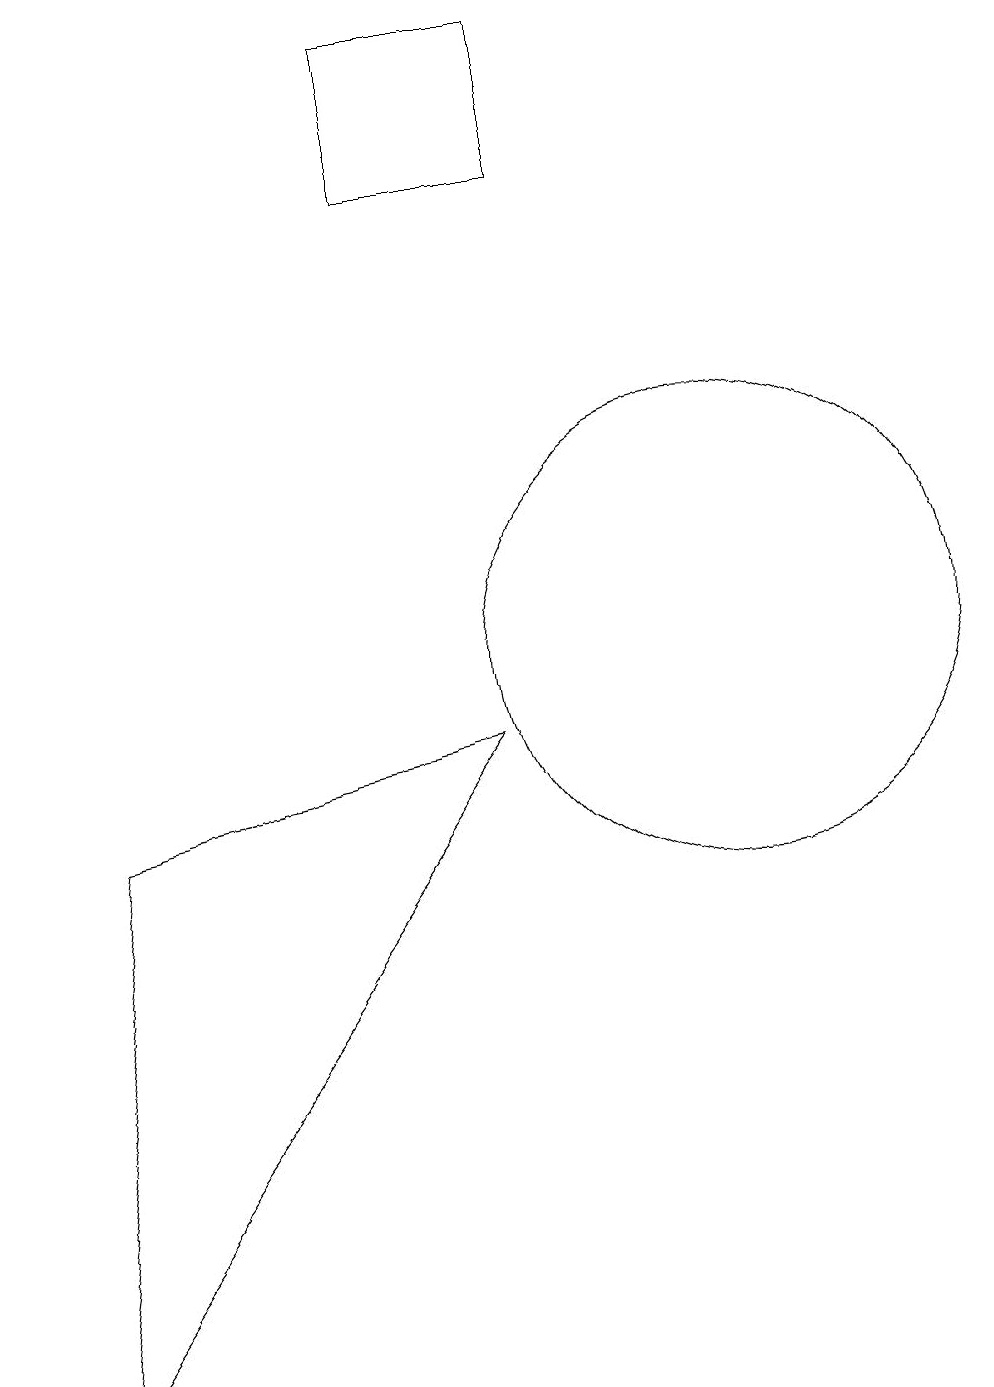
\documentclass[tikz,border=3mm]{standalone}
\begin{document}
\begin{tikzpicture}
\draw (8,9) -- (2,1) -- (3,8) -- cycle;
\draw (11,10) circle (3);
\draw (9,16) rectangle (7,18);
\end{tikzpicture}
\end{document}